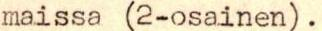
maissa (2-osainen).